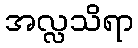
အလ္လသိရာ